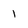
Character: 1